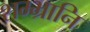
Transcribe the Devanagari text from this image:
शम्भ्रानि